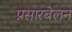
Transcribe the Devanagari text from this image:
प्रसारबेलन